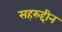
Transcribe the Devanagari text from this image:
सहरुद्दीन